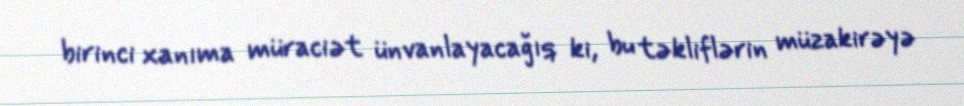
birinci xanıma müraciət ünvanlayacağıq ki, bu təkliflərin müzakirəyə